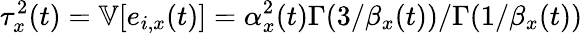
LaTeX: \tau_{x}^{2}(t)=\mathbb V[e_{i,x}(t)]=\alpha_{x}^{2}(t)\Gamma(3/\beta_{x}(t))/\Gamma(1/\beta_{x}(t))